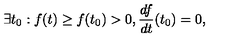
\exists t _ { 0 } : f ( t ) \geq f ( t _ { 0 } ) > 0 , \frac { d f } { d t } ( t _ { 0 } ) = 0 ,